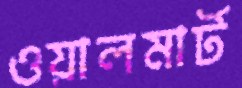
ওয়ালমার্ট